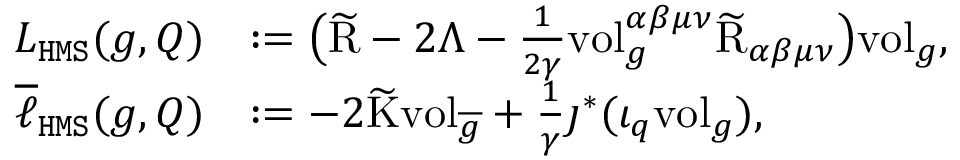
\begin{array} { r l } { L _ { \mathtt { H M S } } ( g , Q ) } & { : = \big ( \widetilde { \mathrm { R } } - 2 \Lambda - \frac { 1 } { 2 \gamma } \mathrm { v o l } _ { g } ^ { \alpha \beta \mu \nu } \widetilde { \mathrm { R } } _ { \alpha \beta \mu \nu } \big ) \mathrm { v o l } _ { g } , } \\ { \overline { { \ell } } _ { \mathtt { H M S } } ( g , Q ) } & { : = - 2 \widetilde { \mathrm { K } } \mathrm { v o l } _ { \overline { { g } } } + \frac { 1 } { \gamma } \jmath ^ { * } ( \iota _ { q } \mathrm { v o l } _ { g } ) , } \end{array}